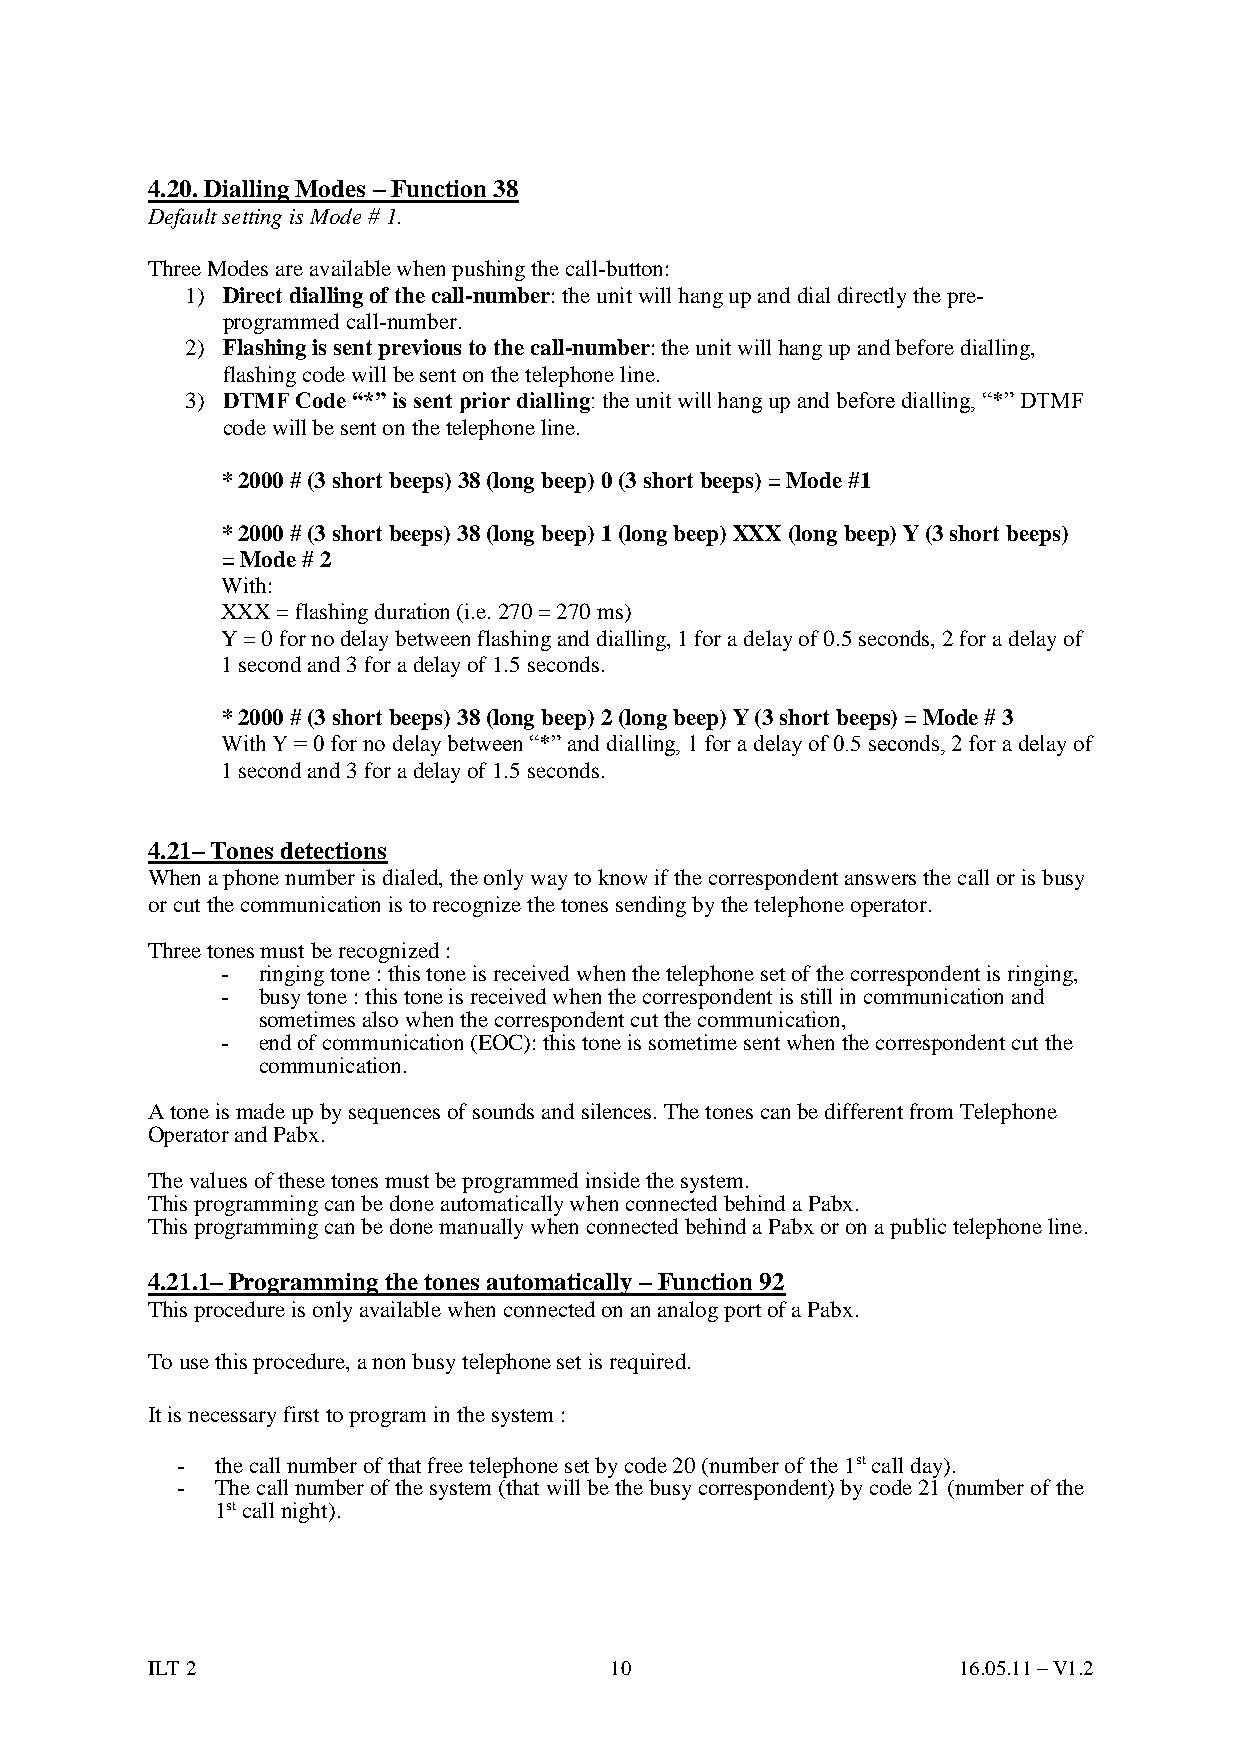
4.20. Dialling Modes – Function 38
 Default setting is Mode # 1.
 Three Modes are available when pushing the call-button:
 1) Direct dialling of the call-number: the unit will hang up and dial directly the pre-
 programmed call-number.
 2) Flashing is sent previous to the call-number: the unit will hang up and before dialling,
 flashing code will be sent on the telephone line.
 3) DTMF Code “*” is sent prior dialling: the unit will hang up and before dialling, “*” DTMF
 code will be sent on the telephone line.
 * 2000 # (3 short beeps) 38 (long beep) 0 (3 short beeps) = Mode #1
 * 2000 # (3 short beeps) 38 (long beep) 1 (long beep) XXX (long beep) Y (3 short beeps)
 = Mode # 2
 With:
 XXX = flashing duration (i.e. 270 = 270 ms)
 Y = 0 for no delay between flashing and dialling, 1 for a delay of 0.5 seconds, 2 for a delay of
 1 second and 3 for a delay of 1.5 seconds.
 * 2000 # (3 short beeps) 38 (long beep) 2 (long beep) Y (3 short beeps) = Mode # 3
 With Y = 0 for no delay between “*” and dialling, 1 for a delay of 0.5 seconds, 2 for a delay of
 1 second and 3 for a delay of 1.5 seconds.
 4.21– Tones detections
 When a phone number is dialed, the only way to know if the correspondent answers the call or is busy
 or cut the communication is to recognize the tones sending by the telephone operator.
 Three tones must be recognized :
 - ringing tone : this tone is received when the telephone set of the correspondent is ringing,
 - busy tone : this tone is received when the correspondent is still in communication and
 sometimes also when the correspondent cut the communication,
 - end of communication (EOC): this tone is sometime sent when the correspondent cut the
 communication.
 A tone is made up by sequences of sounds and silences. The tones can be different from Telephone
 Operator and Pabx.
 The values of these tones must be programmed inside the system.
 This programming can be done automatically when connected behind a Pabx.
 This programming can be done manually when connected behind a Pabx or on a public telephone line.
 4.21.1– Programming the tones automatically – Function 92
 This procedure is only available when connected on an analog port of a Pabx.
 To use this procedure, a non busy telephone set is required.
 It is necessary first to program in the system :
 - the call number of that free telephone set by code 20 (number of the 1st call day).
 - The call number of the system (that will be the busy correspondent) by code 21 (number of the
 1st call night).
 ILT 2                         10                     16.05.11 – V1.2